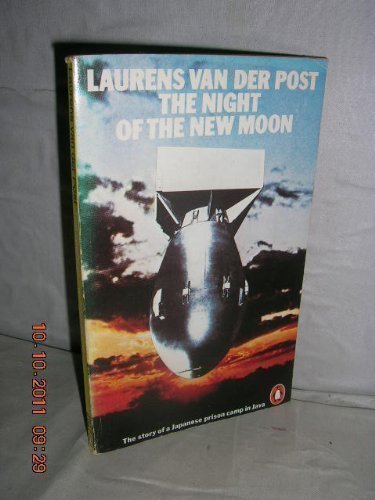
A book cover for Night of the New Moon; Lauren Van Der Post; History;